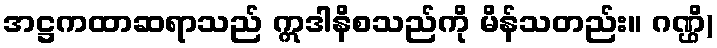
အဋ္ဌကထာဆရာသည် ဣဒါနိစသည်ကို မိန်သတည်း။ ဂဏ္ဌိ)